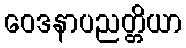
ဝေဒနာပညတ္တိယာ